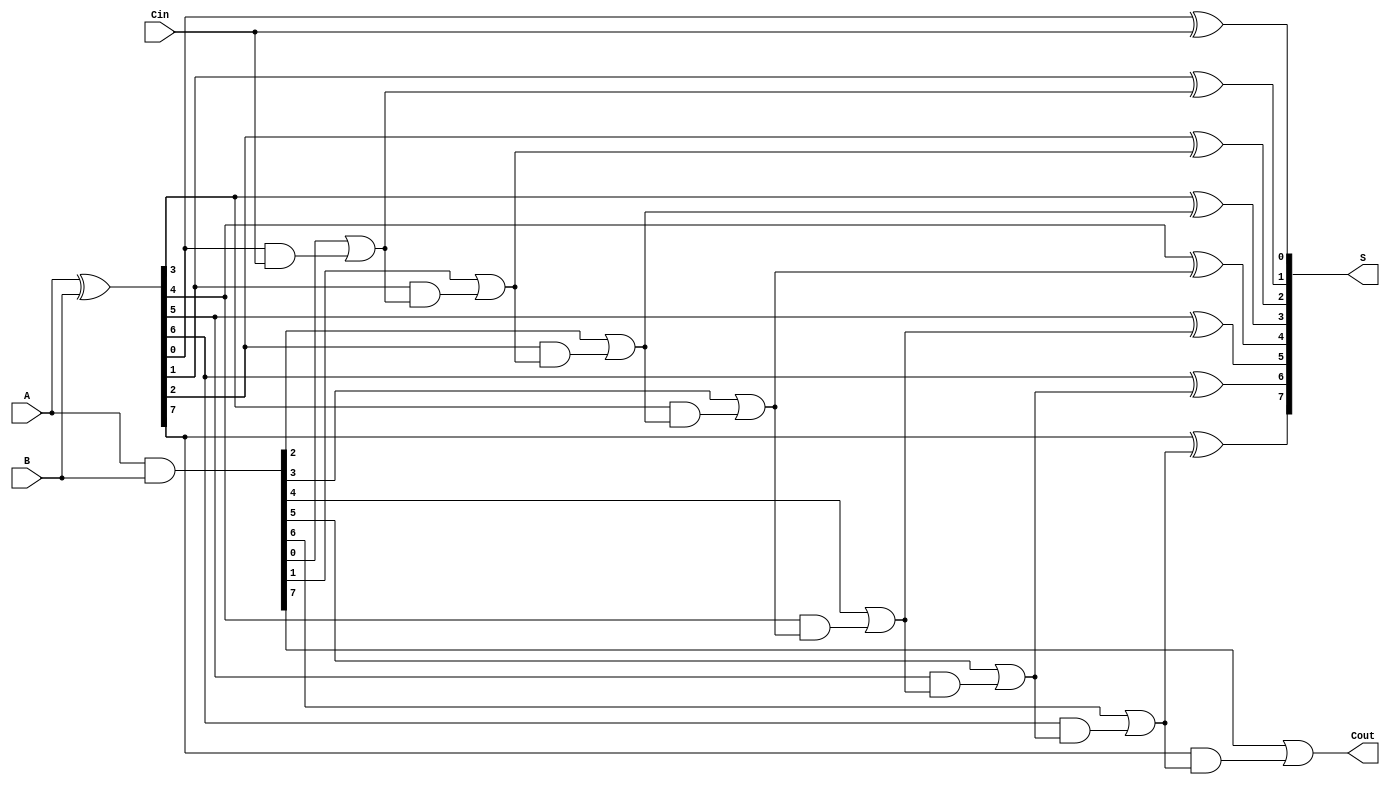
module SklanskyAdder #(parameter n = 8) (
    input [n-1:0] A,      // First n-bit input
    input [n-1:0] B,      // Second n-bit input
    input Cin,            // Carry-in
    output [n-1:0] S,     // n-bit sum output
    output Cout           // Carry-out
);

    // Generate and Propagate signals
    wire [n-1:0] G; // Generate signals
    wire [n-1:0] P; // Propagate signals
    wire [n:0] C;   // Carry signals

    // Generate and Propagate calculations
    assign G = A & B;           // G[i] = A[i] & B[i]
    assign P = A ^ B;           // P[i] = A[i] ^ B[i]

    // Carry calculations
    assign C[0] = Cin;          // C[0] = Cin
    genvar i;
    generate
        for (i = 1; i < n; i = i + 1) begin : carry_gen
            assign C[i] = G[i-1] | (P[i-1] & C[i-1]); // C[i] = G[i-1] | (P[i-1] & C[i-1])
        end
    endgenerate

    // Final carry-out
    assign Cout = G[n-1] | (P[n-1] & C[n-1]); // Cout = G[n-1] | (P[n-1] & C[n-1])

    // Sum calculation
    generate
        for (i = 0; i < n; i = i + 1) begin : sum_gen
            assign S[i] = P[i] ^ C[i]; // S[i] = P[i] ^ C[i]
        end
    endgenerate

endmodule